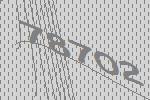
78702